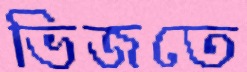
ভিজতে